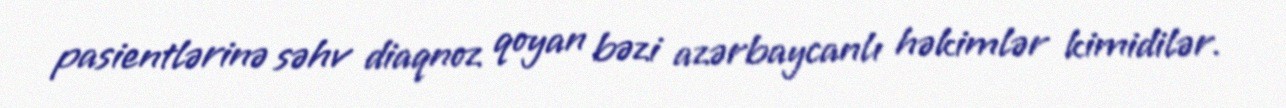
pasientlərinə səhv diaqnoz qoyan bəzi azərbaycanlı həkimlər kimidilər.